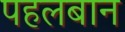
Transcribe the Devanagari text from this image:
पहलबान